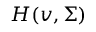
H ( v , \Sigma )